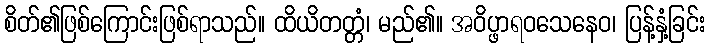
စိတ်၏ဖြစ်ကြောင်းဖြစ်ရာသည်။ ထိယိတတ္တံ၊ မည်၏။ အဝိပ္ဖာရဝသေနေဝ၊ ပြန့်နှံ့ခြင်း